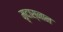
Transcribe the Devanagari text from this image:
मृदास्नान